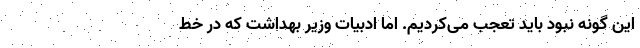
این گونه نبود باید تعجب می‌کردیم. اما ادبیات وزیر بهداشت که در خط